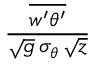
\frac { \overline { { w ^ { \prime } \theta ^ { \prime } } } } { \sqrt { g } \, \sigma _ { \theta } \, \sqrt { z } }